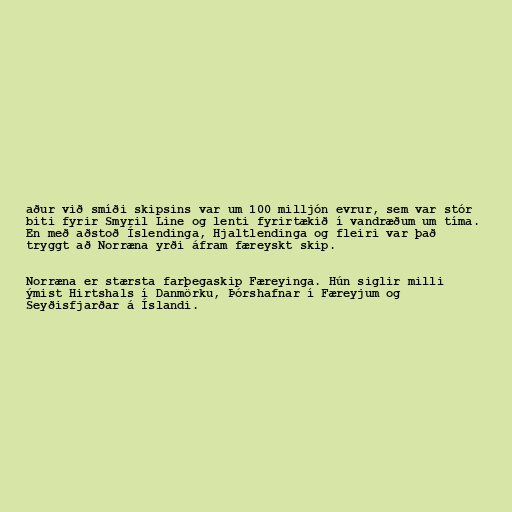
aður við smíði skipsins var um 100 milljón evrur, sem var stór
biti fyrir Smyril Line og lenti fyrirtækið í vandræðum um tíma.
En með aðstoð Íslendinga, Hjaltlendinga og fleiri var það
tryggt að Norræna yrði áfram færeyskt skip.

Norræna er stærsta farþegaskip Færeyinga. Hún siglir milli
ýmist Hirtshals í Danmörku, Þórshafnar í Færeyjum og
Seyðisfjarðar á Íslandi.